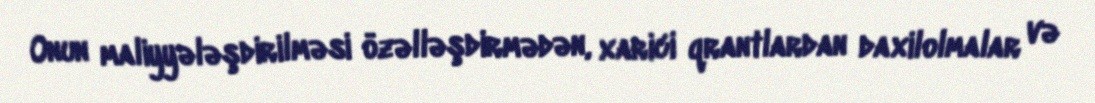
Onun maliyyələşdirilməsi özəlləşdirmədən, xarici qrantlardan daxilolmalar və